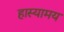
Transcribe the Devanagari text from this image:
हास्यामय